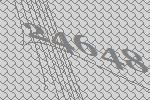
24648